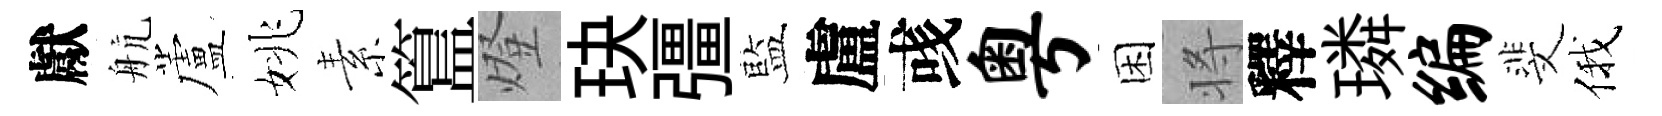
獻航蘆姚素簋燈玦彊藍盧彧粤困将釋璘编斐俄